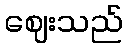
ဈေးသည်